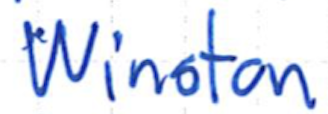
Text: Winston
Cross-out: clean
Writing tool: ballpoint